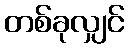
တစ်ခုလျှင်